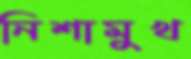
নিশামুখ